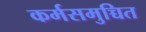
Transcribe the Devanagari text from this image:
कर्मसमुच्चित